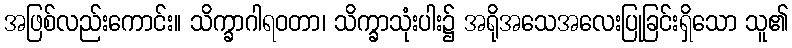
အဖြစ်လည်းကောင်း။ သိက္ခာဂါရဝတာ၊ သိက္ခာသုံးပါး၌ အရိုအသေအလေးပြုခြင်းရှိသော သူ၏